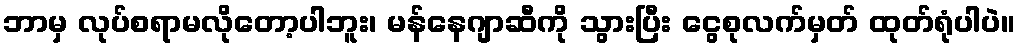
ဘာမှ လုပ်စရာမလိုတော့ပါဘူး၊ မန်နေဂျာဆီကို သွားပြီး ငွေစုလက်မှတ် ထုတ်ရုံပါပဲ။